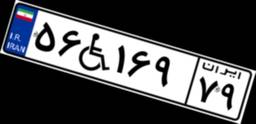
۳۵W۱۸۴۵۳